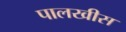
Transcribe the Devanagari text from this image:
पालखीस